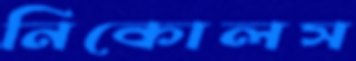
নিকোলস